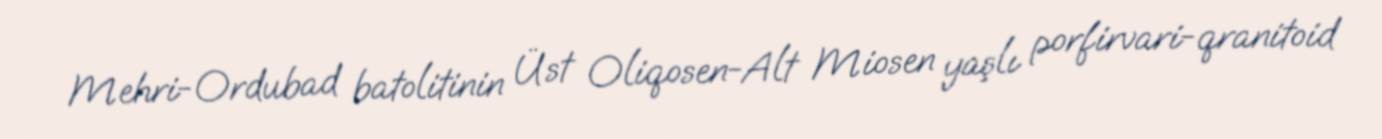
Mehri-Ordubad batolitinin Üst Oliqosen-Alt Miosen yaşlı porfirvari-qranitoid